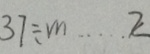
3 7 \div m \cdots 2